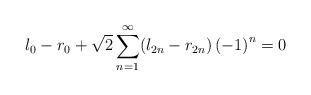
LaTeX: \begin{align*}l_{0}-r_{0}+\sqrt{2}\sum_{n=1}^{\infty}(l_{2n}-r_{2n})\left( -1\right)^{n}=0\end{align*}